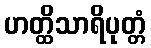
ဟတ္ထိသာရိပုတ္တံ